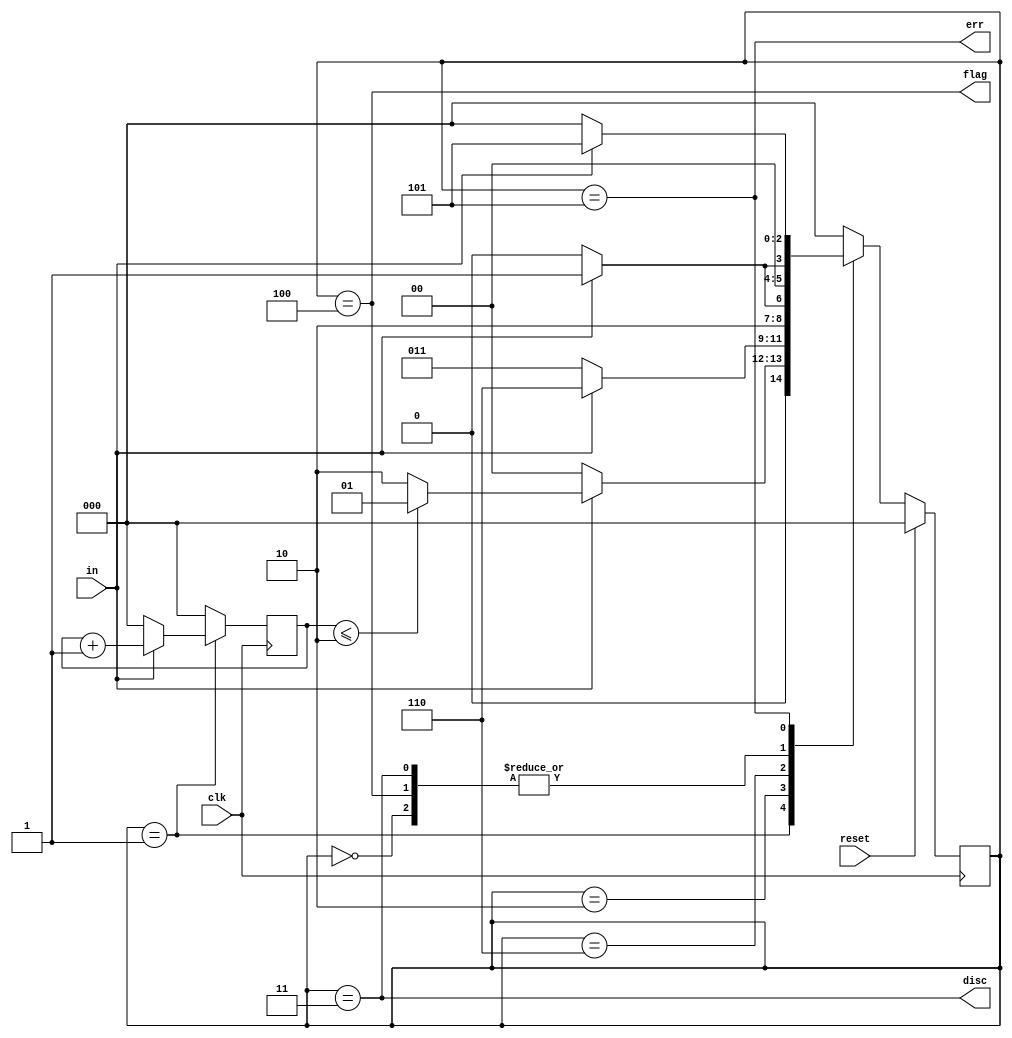
module top_module(
    input clk,
    input reset,    // Synchronous reset
    input in,
    output disc,
    output flag,
    output err);
    
    
    parameter idle = 'd0,in1 = 'd1,fivein1 = 'd2,DISC = 'd3,FLAG = 'd4,ERR = 'd5,sixin1 = 'd6;
    reg [2:0] state,next_state;
    reg [2:0]cnt;
    always@(posedge clk)begin
        if(state == in1)begin
            if(in)
            	cnt <= cnt+1;
            else
                cnt <= 0;
        end
        else begin
            cnt <= 0;
        end
    end
            
    
    always@(*)begin
        case(state)
            idle:begin
                if(!in)
                    next_state = idle;
                else
                    next_state = in1;
            end
            in1:begin
                if(!in)
                    next_state = idle;
                else begin
                    if(cnt<='d2)
                        next_state = in1;
                    else 
                        next_state = fivein1;
                end
            end
            fivein1:begin
                if(!in)
                    next_state = DISC;
                else
                    next_state = sixin1;
            end
            sixin1:begin
                if(!in)
                    next_state = FLAG;
                else
                    next_state = ERR;
            end
            DISC:begin
                if(!in)
                    next_state = idle;
                else
                    next_state = in1;
            end
            FLAG:begin
                if(!in)
                    next_state = idle;
                else
                    next_state = in1;
            end
            ERR:begin
                if(!in)
                    next_state = idle;
                else
                    next_state = ERR;
            end
            default:next_state = idle;
        endcase
    end
    
    
    always@(posedge clk)begin
        if(reset)
            state <= idle;
        else
            state <= next_state;
    end
    
    
    
    assign disc = (state == DISC);
    assign flag = (state == FLAG);
    assign err  = (state ==  ERR);
                    
                
    
    
endmodule
//in11cntin=1
//cnt